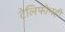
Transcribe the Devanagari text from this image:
टेलिफोनही